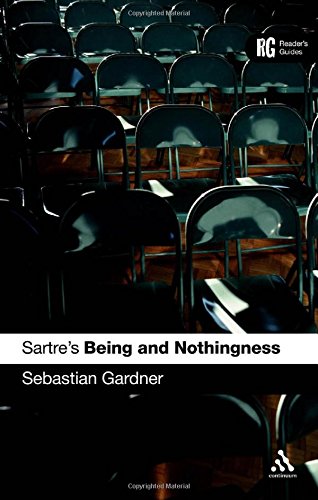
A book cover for Sartre's 'Being and Nothingness': A Reader's Guide (Reader's Guides); Sebastian Gardner; Politics & Social Sciences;